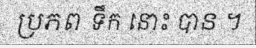
ប្រភព ទឹក នោះ បាន ។